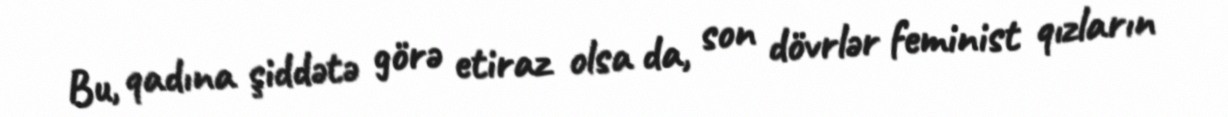
Bu, qadına şiddətə görə etiraz olsa da, son dövrlər feminist qızların